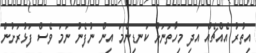
އިތުރު އެއްޗެއް އަދި މިހާތަނަށް ކަނޑިންމަ އިން ނުފެނު ނަމަ ވެސް ފަޅުރަށުން